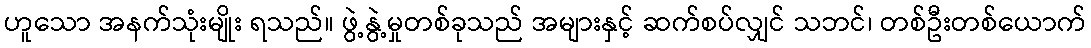
ဟူသော အနက်သုံးမျိုး ရသည်။ ဖွဲ့နွဲ့မှုတစ်ခုသည် အများနှင့် ဆက်စပ်လျှင် သဘင်၊ တစ်ဦးတစ်ယောက်